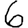
Digit: 6